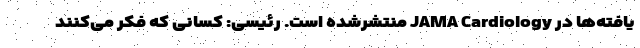
یافته‌ها در JAMA Cardiology منتشرشده است. رئیسی: کسانی که فکر می‌کنند